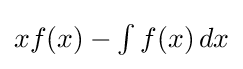
{\textstyle xf(x)-\int f(x)\,dx}